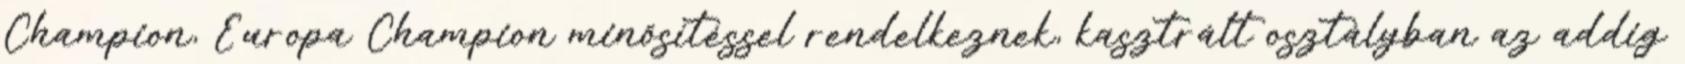
Champion, Europa Champion minősítéssel rendelkeznek, kasztrált osztályban az addig